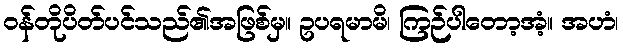
ဝန်တိုပိတ်ပင်သည်၏အဖြစ်မှ။ ဥပရမာမိ၊ ကြဉ်ပါတော့အံ့။ အဟံ၊